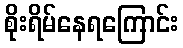
စိုးရိမ်နေရကြောင်း